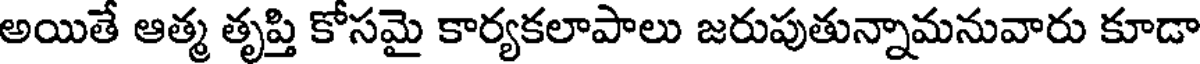
అయితే ఆత్మ తృప్తి కోసమై కార్యకలాపాలు జరుపుతున్నామనువారు కూడా